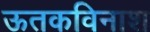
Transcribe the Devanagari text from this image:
ऊतकविनाश